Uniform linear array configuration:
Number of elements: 24
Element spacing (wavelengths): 1
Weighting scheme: exponential
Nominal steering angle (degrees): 45
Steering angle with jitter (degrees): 46.822
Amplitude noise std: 0.05
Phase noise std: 0.05

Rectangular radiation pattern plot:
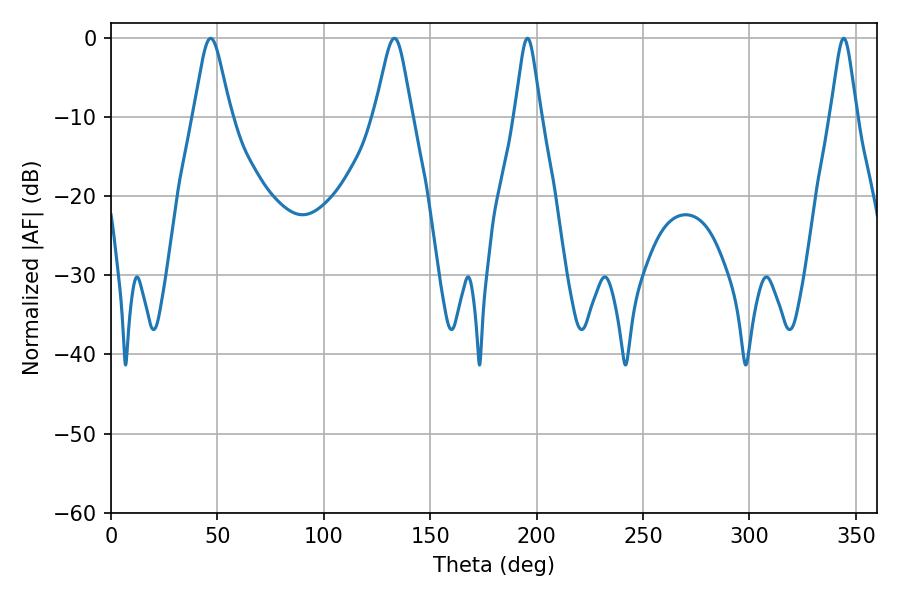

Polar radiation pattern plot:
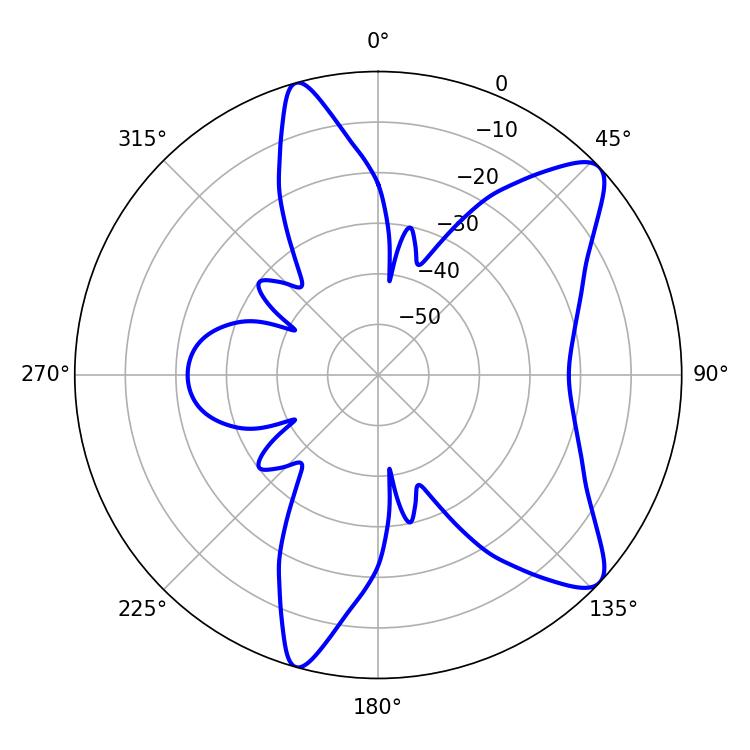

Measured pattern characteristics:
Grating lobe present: TRUE
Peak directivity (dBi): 9.965
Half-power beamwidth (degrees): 8.28
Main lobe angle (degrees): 46.8